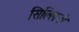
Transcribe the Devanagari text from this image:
सिल्लिनो